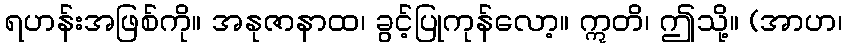
ရဟန်းအဖြစ်ကို။ အနုဇာနာထ၊ ခွင့်ပြုကုန်လော့။ ဣတိ၊ ဤသို့။ (အာဟ၊